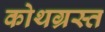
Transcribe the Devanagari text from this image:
कोथग्रस्त